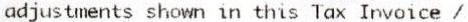
ADJUSTMENTS SHOWN IN THIS TAX INVOICE /